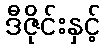
ဒီဇိုင်းနှင့်